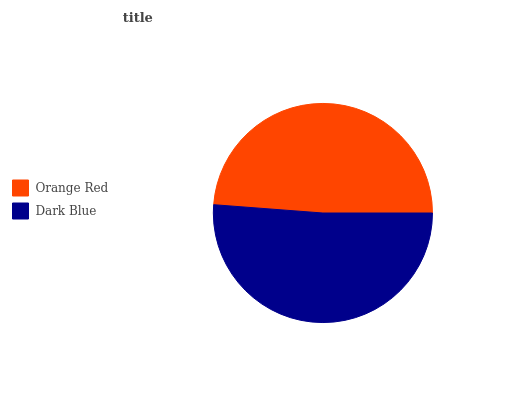
| Orange Red | Dark Blue |
 | --- | --- |
 | 48.8% | 51.2% |